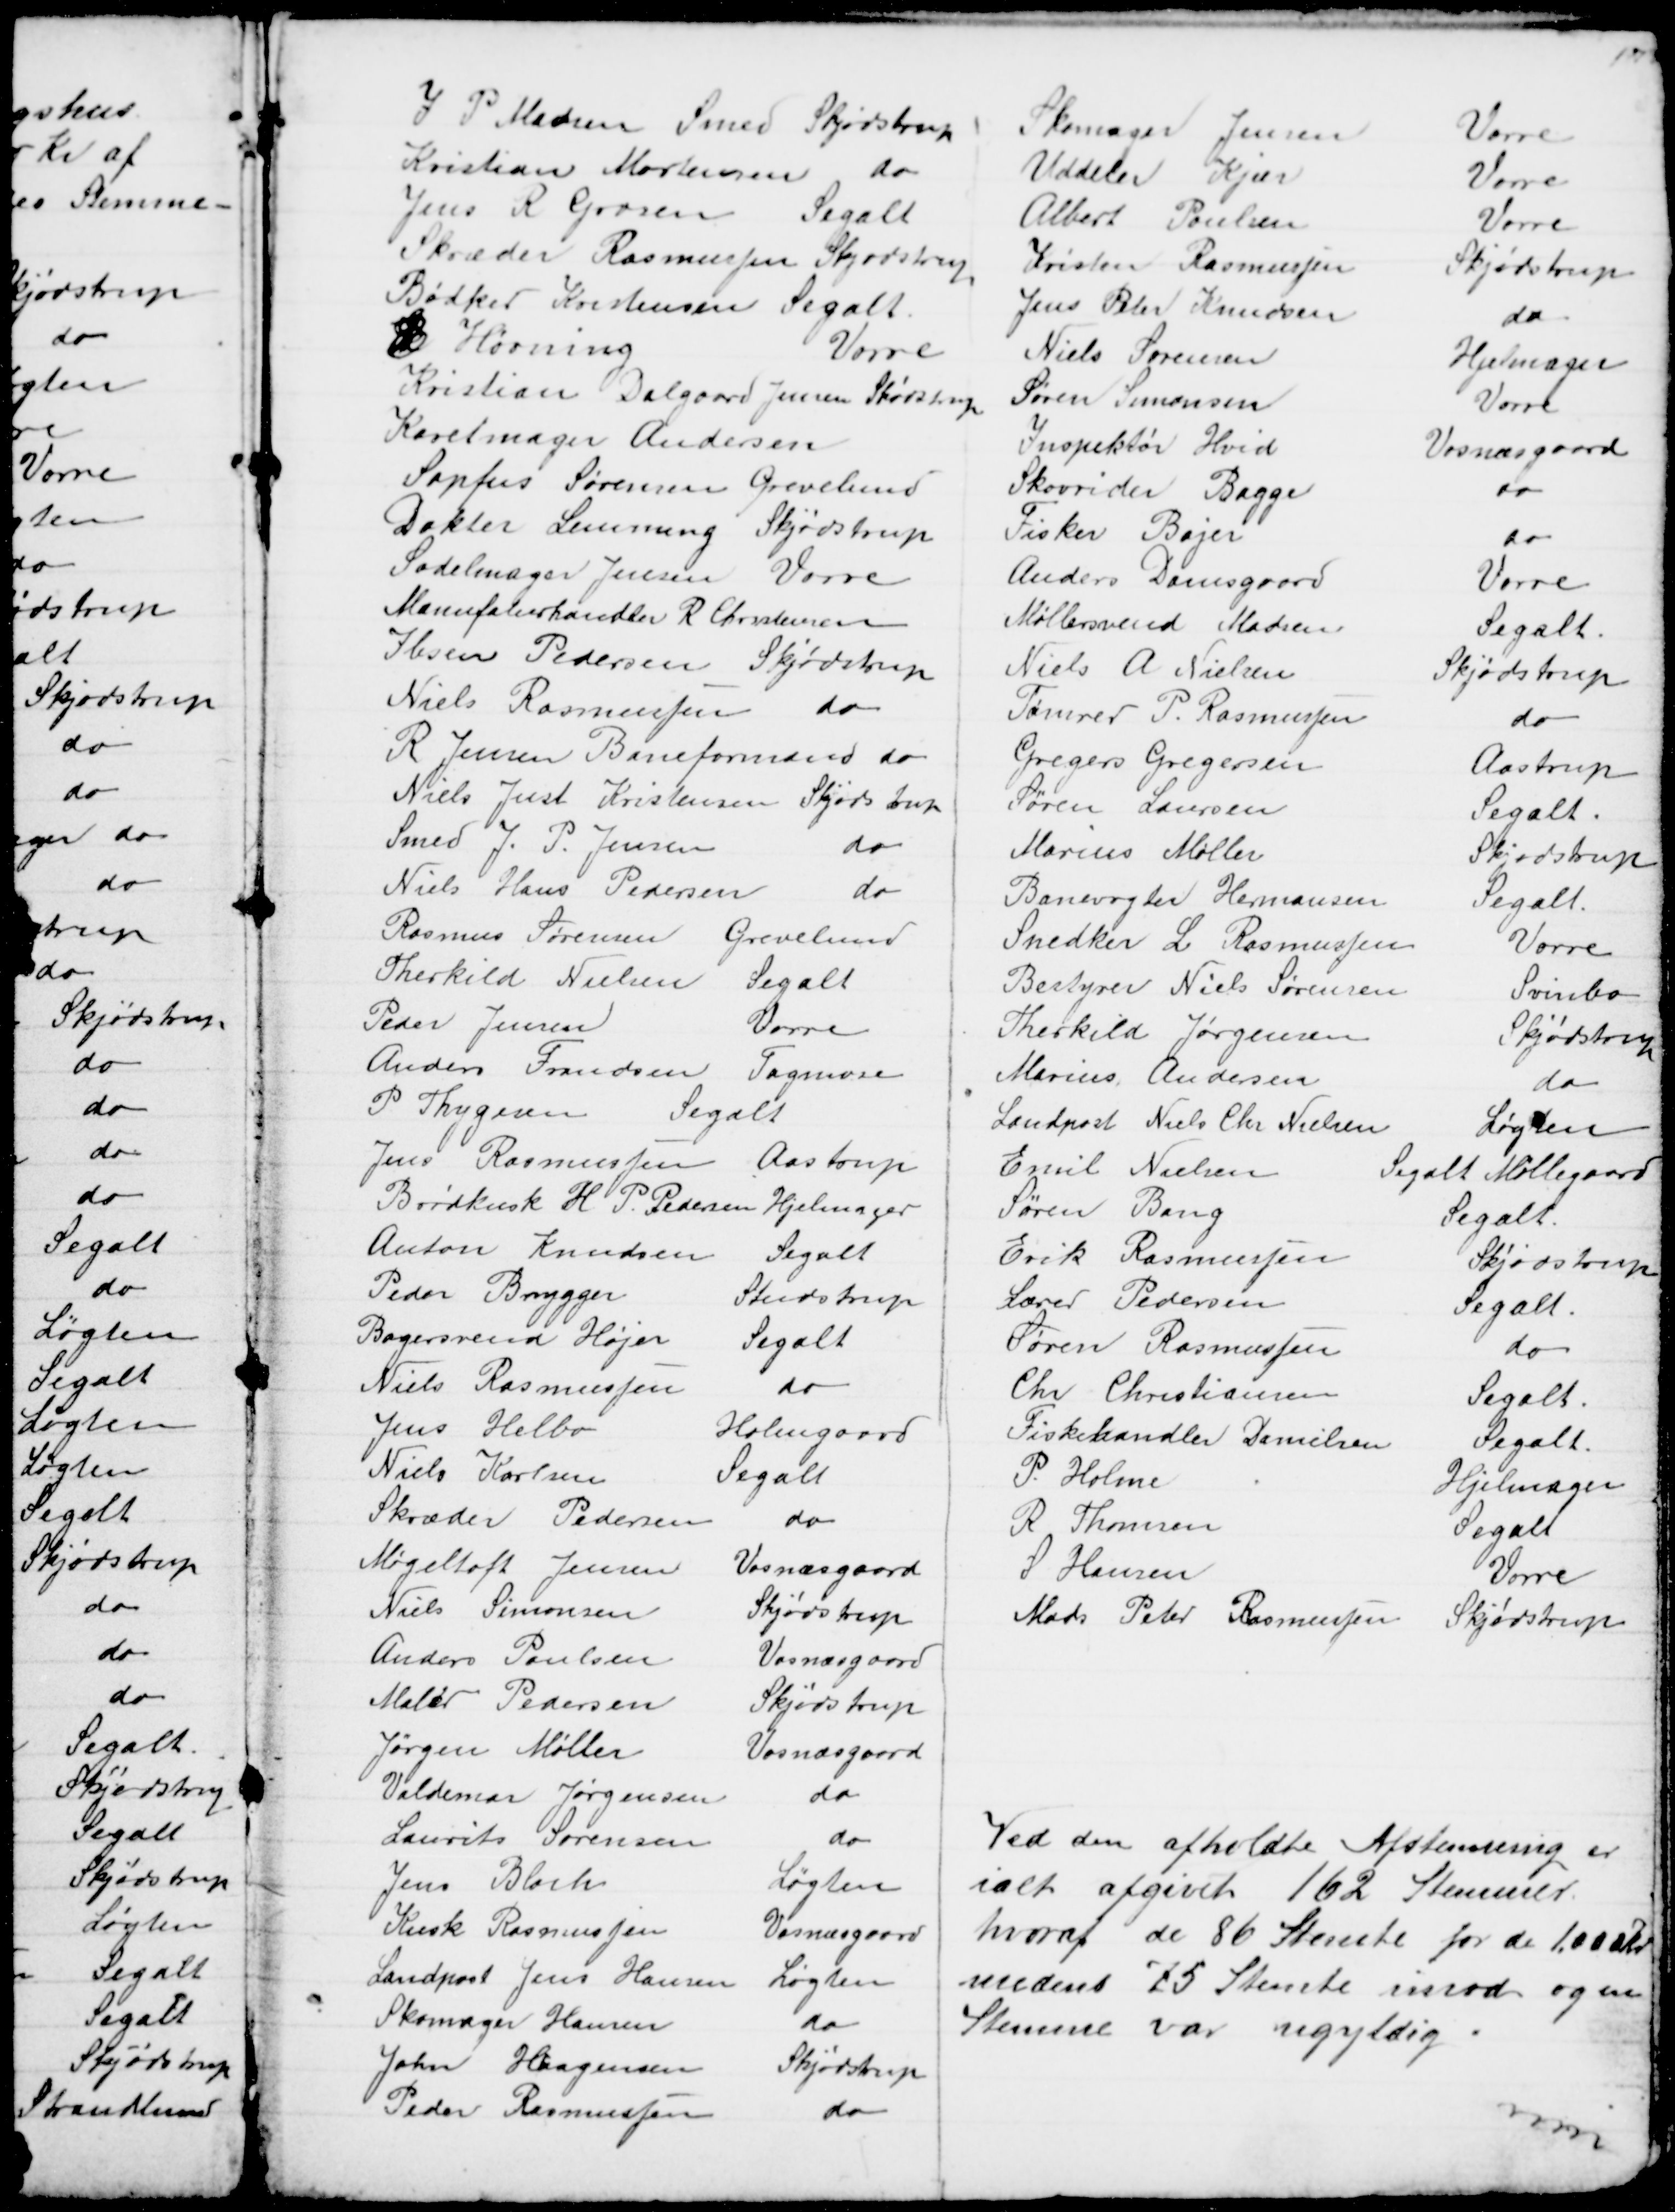
Transskription:
J P. Madsen Smed Skjødstrup
Kristian Mortensen do
Jens R. Grosen Segalt
Skræder Rasmussen Skjødstrup
Bødker Kristensen Segalt.
E Hørning
Vorre
Kristian Dalgaard Jensen Skødstrup
Karetmager Andersen
Sopfus Sørensen Grevelund
Doktor Lemming Skjødstrup
Sadelmager Jensen Vorre
Manufaturhandler R Christensen
Ibsen Pedersen Skjødstrup
Niels Rasmussen do
R Jensen Baneformand do
Niels Just Kristensen Skjødstrup
Smed J. P. Jensen
do
Niels Hans Pedersen
do
Rasmus Sørensen Grevelund
Therkild Nielsen Segalt
Peder Jensen
Vorre
Anders Frandsen Tagmose
P Thygesen
Segalt
Jens Rasmussen Aastrup
Brødkusk H. P. Pedersen Hjelmager
Anton Knudsen Segalt
Peder Brygger
Studstrup
Bagersvend Højer
Segalt
Niels Rasmussen
do
Jens Helbo
Holmgaard
Niels Karlsen
Segalt
Skræder Pedersen
do
Møgeltoft Jensen Vosnæsgaard
Niels Simonsen
Skjødstrup
Anders Poulsen
Vosnæsgaard
Maler Pedersen
Skjødstrup
Jørgen Møller
Vosnæsgaard
Valdemar Jørgensen
do
Laurits Sørensen
do
Jens Bloch
Løgten
Kusk Rasmussen
Vosnæsgaard
Landpost Jens Hansen Løgten
Skomager Hansen
do
John Haagensen
Skjødstrup
Peder Rasmussen
do

Skomager Jensen
Vorre
Uddeler Kjær
Vorre
Albert Poulsen
Vorre
Kristen Rasmussen
Skjødstrup
Jens Peter Knudsen
do
Niels Sørensen
Hjelmager
Søren Simonsen
Vorre
Inspektør Hvid
Vosnæsgaard
Skovrider Bagge
do
Fisker Bajer
do
Anders Damsgaard
Vorre
Møllersvend Madsen
Segalt.
Niels A. Nielsen
Skjødstrup
Tømrer P. Rasmussen
do
Gregers Gregersen
Aastrup
Søren Laursen
Segalt.
Marius Møller
Skjødstrup
Banevogter Hermansen
Segalt.
Snedker L. Rasmussen
Vorre
Bestyrer Niels Sørensen
Svinbo
Therkild Jørgensen
Skjødstrup
Marius Andersen
do
Landpost Niels Chr Nielsen
Løgten
Emil Nielsen
Segalt Møllegaard
Søren Bang
Segalt
Erik Rasmussen
Skjødstrup
Lærer Pedersen
Segalt
Søren Rasmussen
do
Chr Christiansen
Segalt.
Fiskehandler Danielsen
Segalt.
P. Holme
Hjelmager
R Thomsen
Segalt
S Hansen
Vorre
Mads Peter Rasmussen Skjødstrup
Ved den afholdte Afstemning er
ialt afgivet 162 Stemmer.
hvoraf de 86 Stemte for de 1.000 kr
medens 75 Stemte imod og en
Stemme var ugyldig